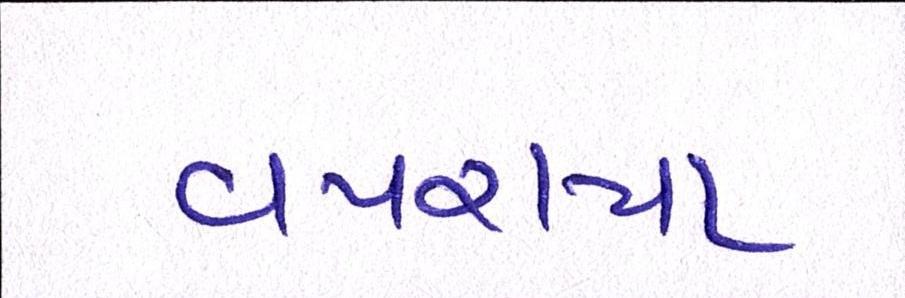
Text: વપરાયા